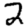
Digit: 2